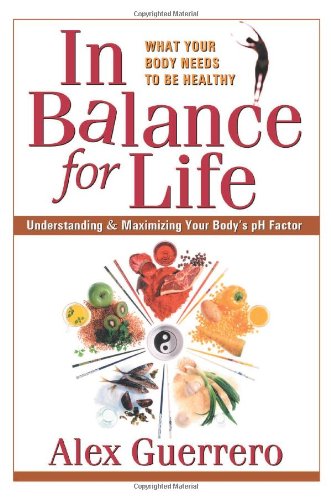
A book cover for In Balance for Life: Understanding & Maximizing Your Body's pH Factor; Alex Guerrero; Health, Fitness & Dieting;